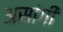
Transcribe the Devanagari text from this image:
असांगी